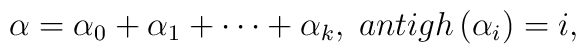
\alpha =\alpha _0+\alpha _1+\cdots +\alpha _k,\;antigh\left(\alpha _i\right) =i,